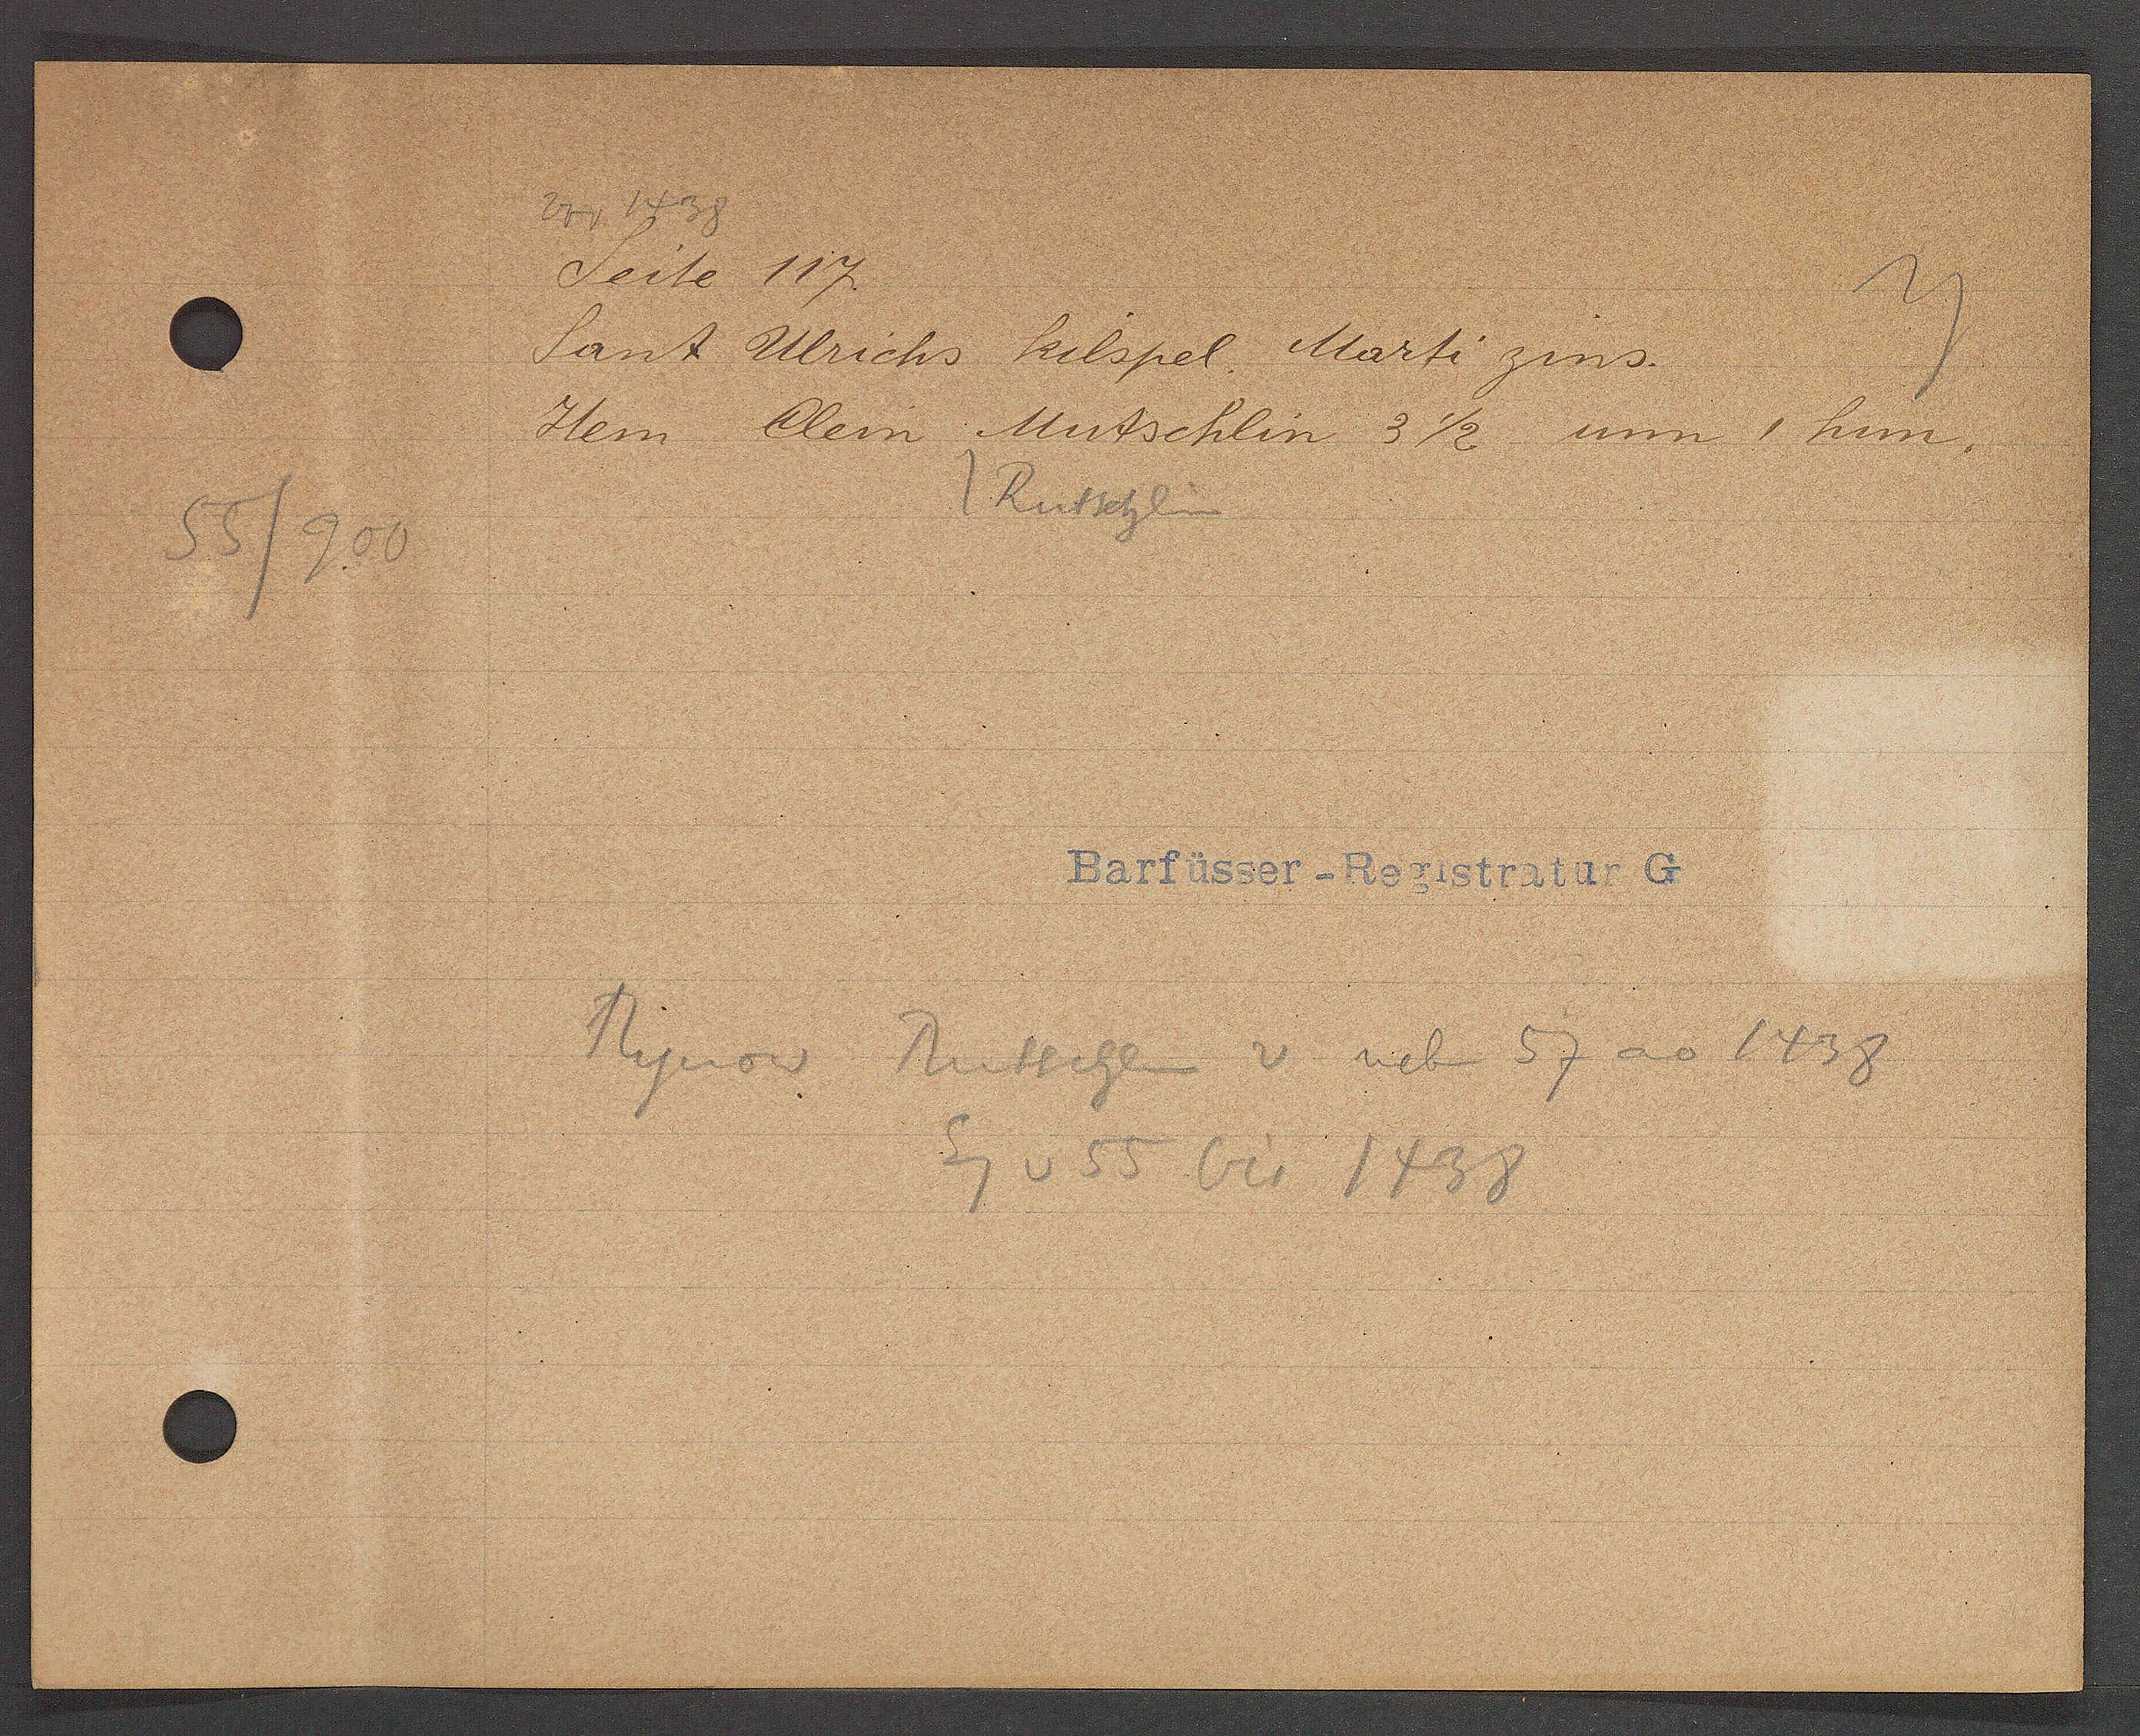
Transcript:
55/900

Seite 117.

Sant Ulrichs kilspel Marti zins.
Clem Mutschlin 3 1/2 um 1 hun.
Item
Rutschlin

Barfüsser-Registratur G

Rynow Rutschlin v neben 57 ao 1438
Eg v 55 bis 1438